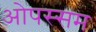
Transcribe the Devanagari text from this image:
ओपस्सम